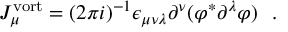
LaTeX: J _ { \mu } ^ { \mathrm { v o r t } } = ( 2 \pi i ) ^ { - 1 } \epsilon _ { \mu \nu \lambda } \partial ^ { \nu } ( \varphi ^ { * } \partial ^ { \lambda } \varphi ) \, \, \, \, .